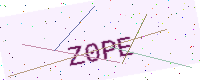
Text: Z0PE